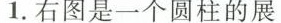
1.右图是一个圆柱的展